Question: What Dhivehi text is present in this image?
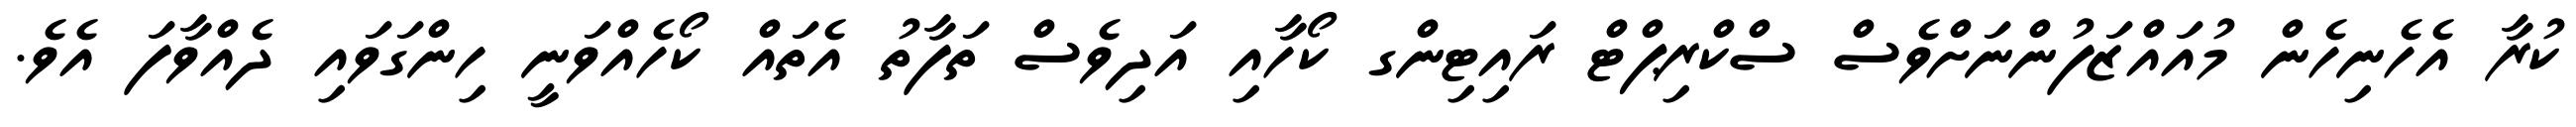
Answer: ކުރާ އެހެނިހެން މުއައްޒަފުންނަށްވެސް ސްކްރިޕްޓް ރައިޓިންގ ކޯހާއި އަދިވެސް ތަފާތު އެތައް ކޯހެއްވަނީ ހިންގަވައި ދެއްވާފަ އެވެ.